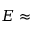
E \approx